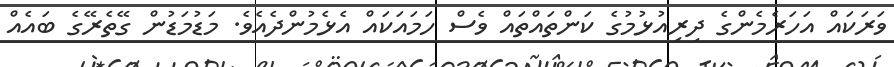
ވަރަކައް އަހަރެމެންގެ ދިރިއުޅުމުގެ ކަންތައްތައް ވެސް ހަމައަކައް އެޅެމުންދެއެވެ. މަޑުމަޑުން ގޭތެރޭގެ ބައެއް